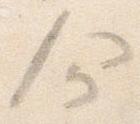
命